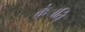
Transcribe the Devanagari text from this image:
क्रंाति